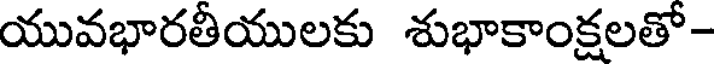
యువభారతీయులకు శుభాకాంక్షలతో -